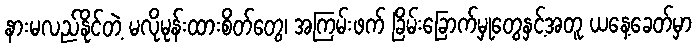
နားမလည်နိုင်တဲ့ မလိုမုန်းထားစိတ်တွေ၊ အကြမ်းဖက် ခြိမ်းခြောက်မှုတွေနှင့်အတူ ယနေ့ခေတ်မှာ